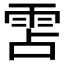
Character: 𮦌